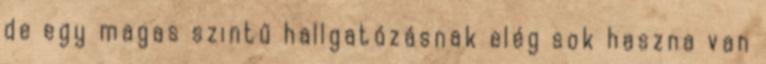
de egy magas szintű hallgatózásnak elég sok haszna van